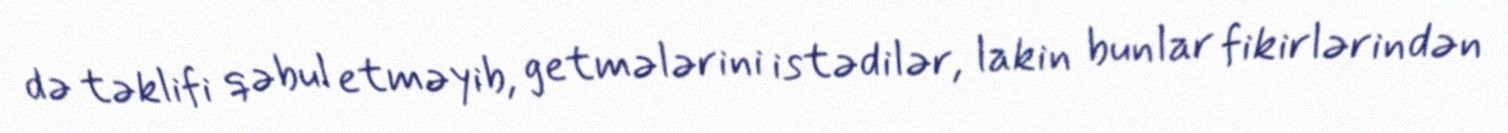
də təklifi qəbul etməyib, getmələrini istədilər, lakin bunlar fikirlərindən